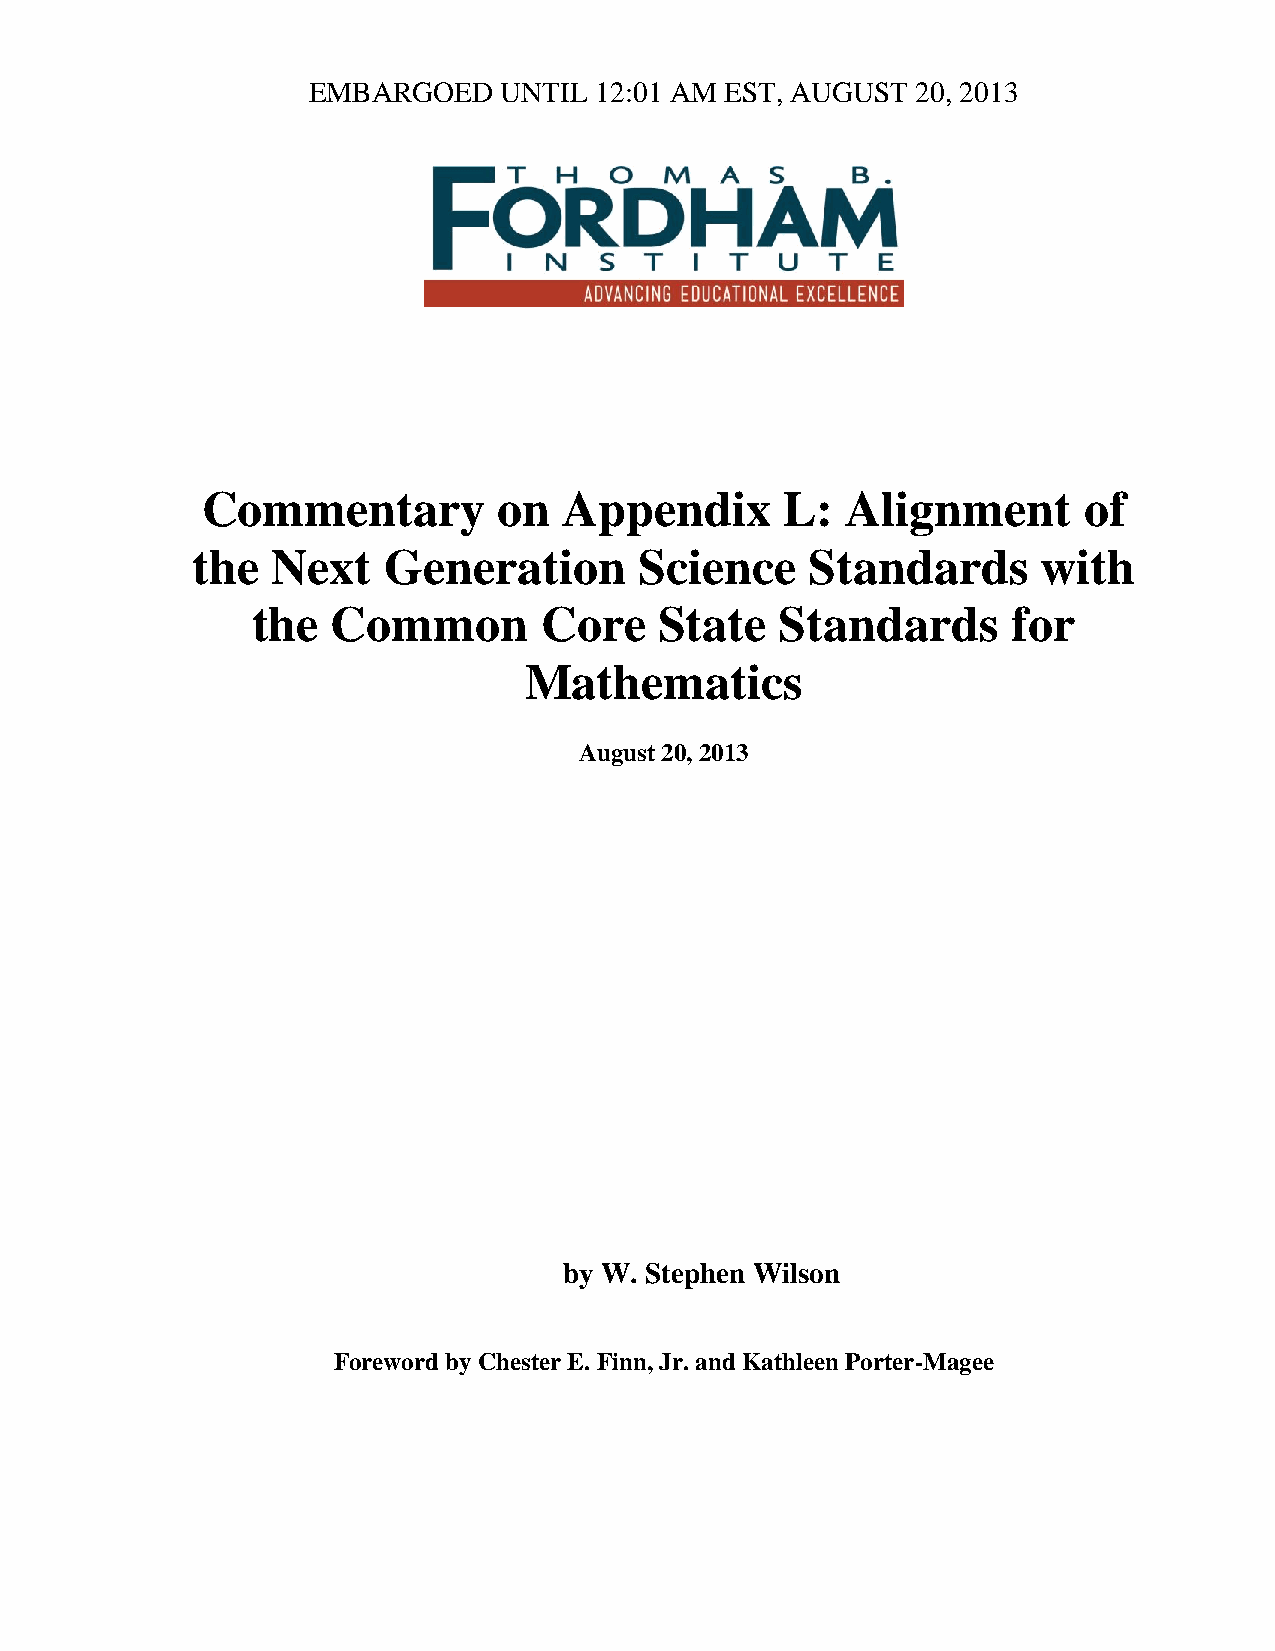
EMBARGOED    UNTIL 12:01 AM EST, AUGUST  20, 2013
 Commentary          on  Appendix       L:  Alignment       of
 the  Next   Generation       Science     Standards      with
 the  Common        Core    State   Standards      for
 Mathematics
 August 20, 2013
 by W. Stephen Wilson
 Foreword by Chester E. Finn, Jr. and Kathleen Porter-Magee